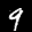
Label: 9